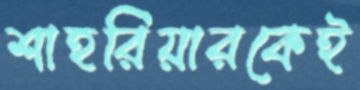
শাহরিয়ারকেই